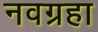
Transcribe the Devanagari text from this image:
नवग्रहा